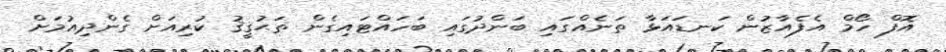
އޮފް ހޯމް އެފެއާޒުން ކަނޑައަޅާ ތަނެއްގައި ބަންދުގައި ބަހައްޓައިގެން ތަޙުޤީޤު ކުރިއަށް ގެންދިއުމަށް